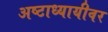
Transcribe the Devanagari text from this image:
अष्टाध्यायीवर